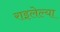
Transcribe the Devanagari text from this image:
राइलेल्या